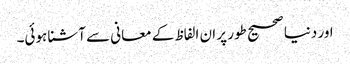
اور دنیا صحیح طور پر ان الفاظ کے معانی سے آشنا ہوئی۔